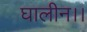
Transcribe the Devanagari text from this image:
घालीन।।